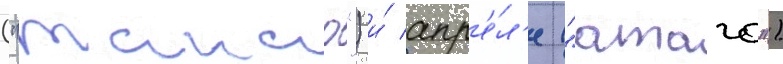
("такао") и́ апр'е́л'е ("атаго")